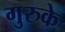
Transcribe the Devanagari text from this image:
गुरुके